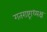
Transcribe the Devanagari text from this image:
गतराष्ट्राध्यक्ष